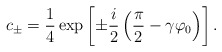
\begin{align*}c_{\pm} = \frac 14 \exp \left[ \pm \frac{i}{2} \left( \frac{\pi}{2} - \gamma \varphi_0 \right) \right].\end{align*}